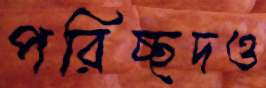
পরিচ্ছদও